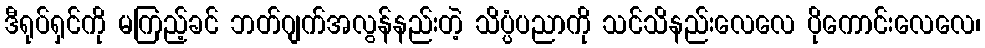
ဒီရုပ်ရှင်ကို မကြည့်ခင် ဘတ်ဂျက်အလွန်နည်းတဲ့ သိပ္ပံပညာကို သင်သိနည်းလေလေ ပိုကောင်းလေလေ၊